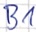
Text: B1